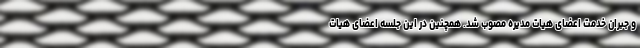
و جبران خدمت اعضای هیات مدیره مصوب شد. همچنین در این جلسه اعضای هیات